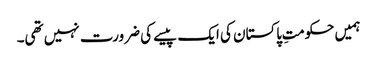
ہمیں حکومتِ پاکستان کی ایک پیسے کی ضرورت نہیں تھی۔